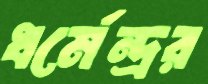
ধর্মেন্দ্রর